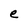
Character: e